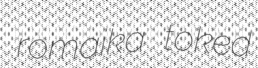
romaika toked